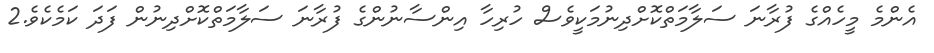
އެންމެ މީހެއްގެ ފުރާނަ ސަލާމަތްކޮށްދިނުމަކީވެސް ހުރިހާ އިންސާނުންގެ ފުރާނަ ސަލާމަތްކޮށްދިނުން ފަދަ ކަމެކެވެ.2